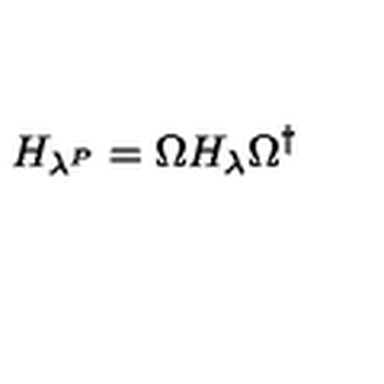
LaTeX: H _ { \lambda ^ { P } } = \Omega H _ { \lambda } \Omega ^ { \dagger }